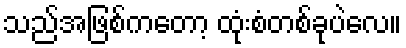
သည်အဖြစ်ကတော့ ထုံးစံတစ်ခုပဲလေ။